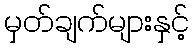
မှတ်ချက်များနှင့်